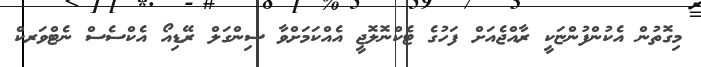
މިގޮތުން އެކުންފުންޏަކީ ރާއްޖެއަށް ފަހުގެ ޓެކްނޮލޮޖީ އެއްކަމަށްވާ ސިންގަލް ރޭޑިއޯ އެކްސެސް ނެޓްވަރކް